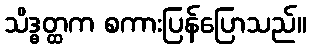
သိဒ္ဓတ္ထက စကားပြန်ပြောသည်။